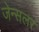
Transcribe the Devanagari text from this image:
जेन्सलर